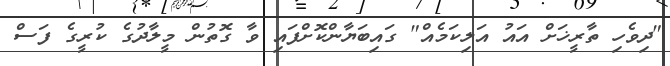
"ދިވެހި ތާރީޚަށް އައު އަލިކަމެއް" ގައިބަޔާންކޮށްފައި ވާ ގޮތުން މީލާދުގެ ކުރީގެ ފަސް